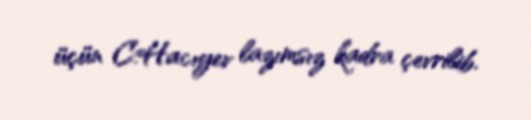
üçün C.Hacıyev lazımsız kadra çevrilib.